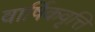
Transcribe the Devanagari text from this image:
वार्षिकवृत्ति